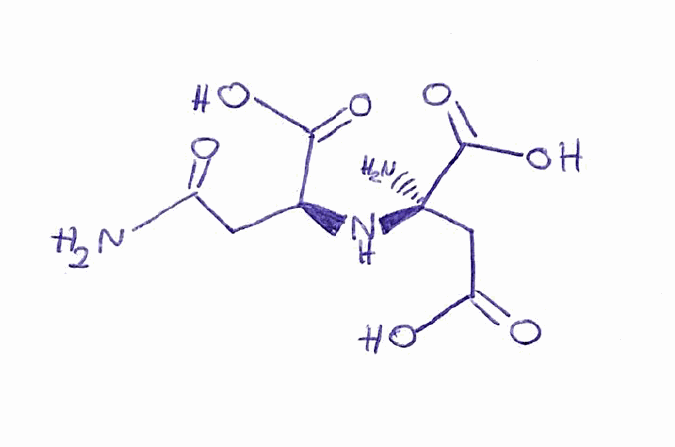
Simplified molecular-input line-entry system (SMILES) notation of the given molecule:
C([C@@H](C(=O)O)N[C@](CC(=O)O)(C(=O)O)N)C(=O)N